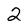
Character: 2